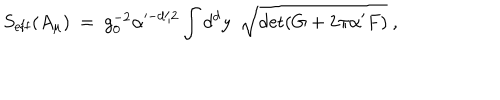
S _ { \mathrm { e f f } } ( A _ { \mu } ) \ = \ g _ { 0 } ^ { - 2 } \alpha ^ { - d / 2 } \int d ^ { d } y \ \ { \sqrt { \det ( G + 2 \pi \alpha ^ { \prime } F ) } } \ ,